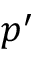
p ^ { \prime }